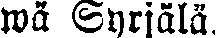
wä Syrjälä.